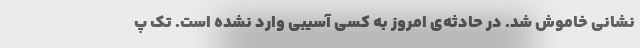
نشانی خاموش شد. در حادثه‌ی امروز به کسی آسیبی وارد نشده است. تک پ